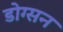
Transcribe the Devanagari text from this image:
डोग्सन